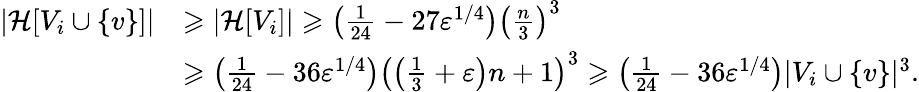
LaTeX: \begin{array}{rl}{|\mathcal{H}[V_{i}\cup\{ v\} ]|}&{\geqslant|\mathcal{H}[V_{i}]|\geqslant\left(\frac{1}{24}-27\varepsilon^{1/4}\right)\left(\frac{n}{3}\right)^{3}}\\ &{\geqslant\left(\frac{1}{24}-36\varepsilon^{1/4}\right)\left(\left(\frac{1}{3}+\varepsilon\right)n+1\right)^{3}\geqslant\left(\frac{1}{24}-36\varepsilon^{1/4}\right)|V_{i}\cup\{ v\} |^{3}.}\end{array}